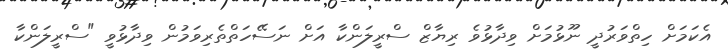
އެކަމަށް ހިތްވަރުދީ ނޫޅުމަށް ވިދާޅުވެ ރިޔާޒް ސްރީލަންކާ އަށް ނަސޭހަތްތެރިވަމުން ވިދާޅުވީ "ސްރީލަންކާ